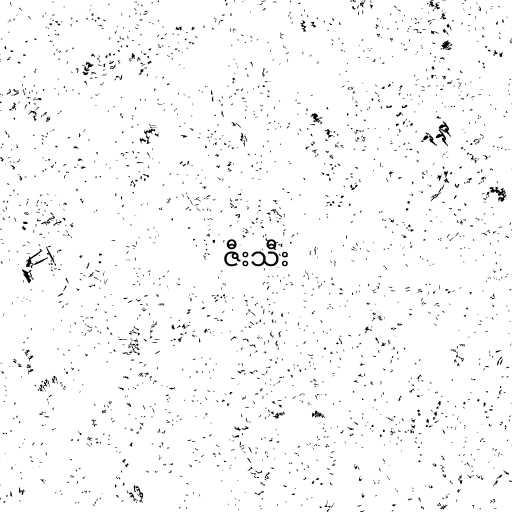
ဇီးသီး